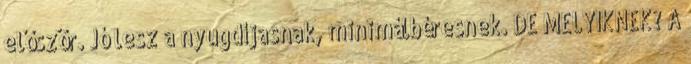
először. Jó lesz a nyugdíjasnak, minimálbéresnek. DE MELYIKNEK? A